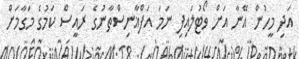
އަދި މީހުން އޭނާ އަށް ވޯޓުލައިފި ނަމަ އަފްޣާނިސްތާނުގެ ރައީސް ކަމުގެ މަގާމަށް